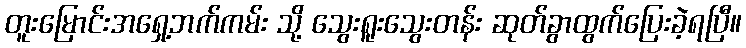
တူးမြောင်းအရှေ့ဘက်ကမ်း သို့ သွေးရူးသွေးတန်း ဆုတ်ခွာထွက်ပြေးခဲ့ရပြီ။